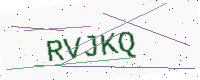
Text: RVJKQ